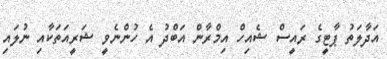
އަދާލަތު ޕާޓީގެ ރައީސް ޝެއިހް އިމްރާން އަބްދު އެ ހުންނެވީ ޝަރީއަތަކާއި ނުލައި